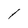
Character: 1